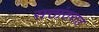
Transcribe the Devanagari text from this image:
सत्तांतरात